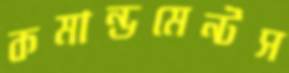
কমান্ডমেন্টস